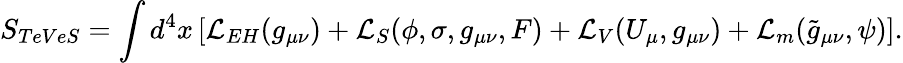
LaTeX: S_{TeVeS}=\int d^{4}x\left[\mathcal{L}_{EH}(g_{\mu\nu})+\mathcal{L}_{S}(\phi,\sigma,g_{\mu\nu},F)+\mathcal{L}_{V}(U_{\mu},g_{\mu\nu})+\mathcal{L}_{m}(\tilde{g}_{\mu\nu},\psi)\right].